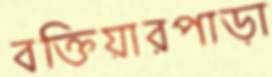
বক্তিয়ারপাড়া